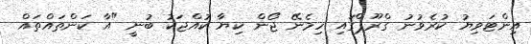
އިންޓަވިޔު ކުރެވުނު ގްރޫޕްގައި ހިމެނޭ ޖޯން ކިޔާ ކުއްޖަކު ބުނީ "އާ ކަންތައްތައް